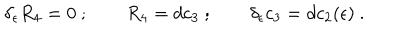
LaTeX: \delta _ { \epsilon } R _ { 4 } = 0 \ ; \qquad R _ { 4 } = d c _ { 3 } \ ; \qquad \delta _ { \epsilon } c _ { 3 } = d c _ { 2 } ( \epsilon ) \ .